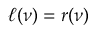
\ell ( \nu ) = r ( \nu )